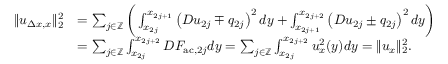
\begin{array} { r l } { \| u _ { \Delta x , x } \| _ { 2 } ^ { 2 } } & { = \sum _ { j \in \mathbb { Z } } \bigg ( \int _ { x _ { 2 j } } ^ { x _ { 2 j + 1 } } \left( D u _ { 2 j } \mp q _ { 2 j } \right) ^ { 2 } d y + \int _ { x _ { 2 j + 1 } } ^ { x _ { 2 j + 2 } } \left( D u _ { 2 j } \pm q _ { 2 j } \right) ^ { 2 } d y \bigg ) } \\ & { = \sum _ { j \in \mathbb { Z } } \int _ { x _ { 2 j } } ^ { x _ { 2 j + 2 } } D F _ { \mathrm { a c } , 2 j } d y = \sum _ { j \in \mathbb { Z } } \int _ { x _ { 2 j } } ^ { x _ { 2 j + 2 } } u _ { x } ^ { 2 } ( y ) d y = \| u _ { x } \| _ { 2 } ^ { 2 } . } \end{array}